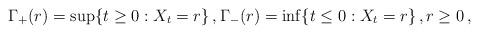
LaTeX: \begin{align*} \Gamma_+(r)=\sup\{t\geq 0:X_t=r\}\, ,\Gamma_-(r)=\inf\{t\leq0:X_t=r\}\, ,r\geq 0\, ,\end{align*}